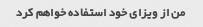
من از ویزای خود استفاده خواهم کرد